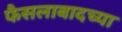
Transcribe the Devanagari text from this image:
फैसलाबादच्या